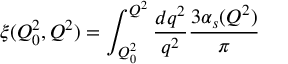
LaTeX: \xi ( Q _ { 0 } ^ { 2 } , Q ^ { 2 } ) = \int _ { Q _ { 0 } ^ { 2 } } ^ { Q ^ { 2 } } \frac { d q ^ { 2 } } { q ^ { 2 } } \frac { 3 \alpha _ { s } ( Q ^ { 2 } ) } { \pi }